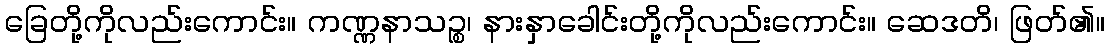
ခြေတို့ကိုလည်းကောင်း။ ကဏ္ဏနာသဉ္စ၊ နားနှာခေါင်းတို့ကိုလည်းကောင်း။ ဆေဒတိ၊ ဖြတ်၏။